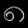
Digit: ၈